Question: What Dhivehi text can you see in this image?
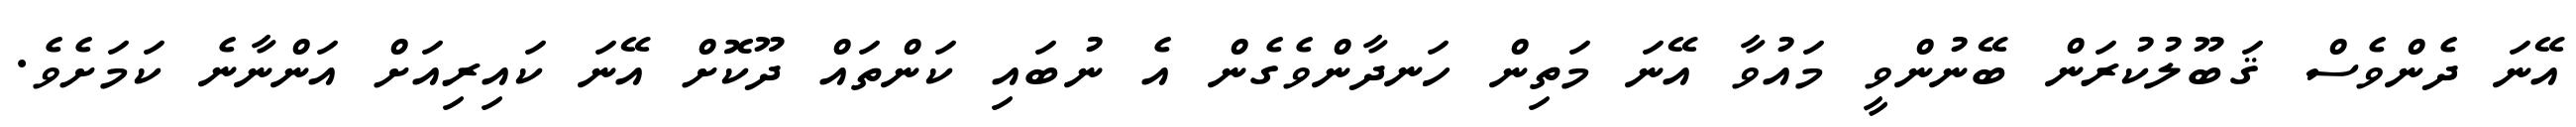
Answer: އޭނަ ދެންވެސް ޤަބޫލުކުރަން ބޭނުންވީ މައުވާ އޭނަ މަތިން ހަނދާންވެގެން އެ ނުބައި ކަންތައް ދޫކޮށް އޭނަ ކައިރިއަށް އަންނާނެ ކަމަށެވެ.